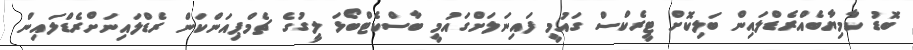
ބޮޑު ކާމިޔާބެއްރެޑްލައިން ބަލިކޮށް ޓީރެކްސް ގައުމީ ފައިނަލަށްގައުމީ ބާސްކެޓްބޯޅަ ލީގުގެ ޗެމްޕިއަންކަން ރެޑްލައިނަށްރެޑްލައިން